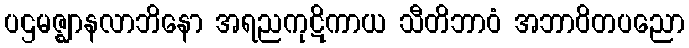
ပဌမဇ္ဈာနလာဘိနော အရညကုဋိကာယ သီတိဘာဝံ အဘာဝိတပညော